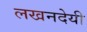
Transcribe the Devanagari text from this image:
लखनदेयी